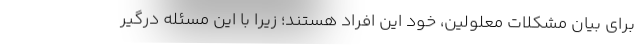
برای بیان مشکلات معلولین، خود این افراد هستند؛ زیرا با این مسئله درگیر